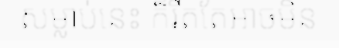
សម្លាប់នេះ ក៏រឹតតែអាចមិន